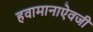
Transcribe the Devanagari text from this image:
हवामानाऐवजी